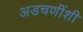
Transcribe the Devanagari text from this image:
अडचणींशी